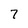
Character: 7